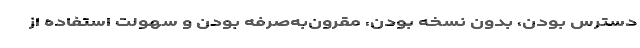
دسترس بودن، بدون نسخه بودن، مقرون‌به‌صرفه بودن و سهولت استفاده از